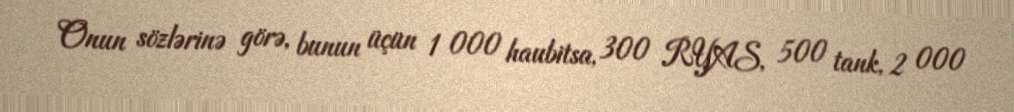
Onun sözlərinə görə, bunun üçün 1 000 haubitsa, 300 RYAS, 500 tank, 2 000